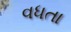
વધતા